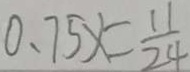
0 . 7 5 x = \frac { 1 1 } { 2 4 }